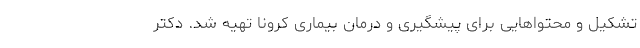
تشکیل و محتواهایی برای پیشگیری و درمان بیماری کرونا تهیه شد. دکتر